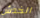
الخدش